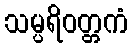
သမ္ပရိဝတ္တကံ